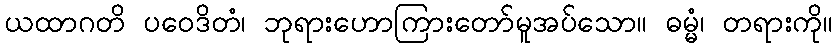
ယထာဂတိ ပဝေဒိတံ၊ ဘုရားဟောကြားတော်မူအပ်သော။ ဓမ္မံ၊ တရားကို။